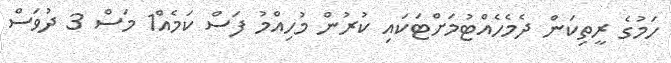
ހަމުގެ ރީތިކަން ދެމެހެއްޓުމަށްޓަކައި ކުރުން މުހިއްމު ފަސް ކަމެއް1 މަސް 3 ދުވަސް